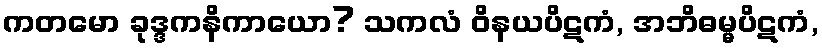
ကတမော ခုဒ္ဒကနိကာယော? သကလံ ဝိနယပိဋကံ, အဘိဓမ္မပိဋကံ,